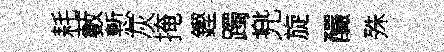
耗藪慙灰掩鏗躅兠旋釅殊